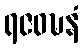
ရဇဝဍ္ဎနံ